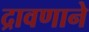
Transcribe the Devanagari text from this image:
द्रावणाने